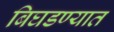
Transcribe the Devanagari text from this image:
बिघडण्यात